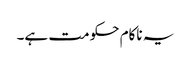
یہ ناکام حکومت ہے۔